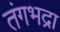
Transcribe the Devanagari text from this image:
तंगभद्रा